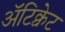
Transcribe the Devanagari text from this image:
अॅटिक्वेट